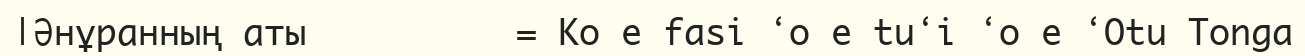
|Әнұранның аты          = Ko e fasi ʻo e tuʻi ʻo e ʻOtu Tonga